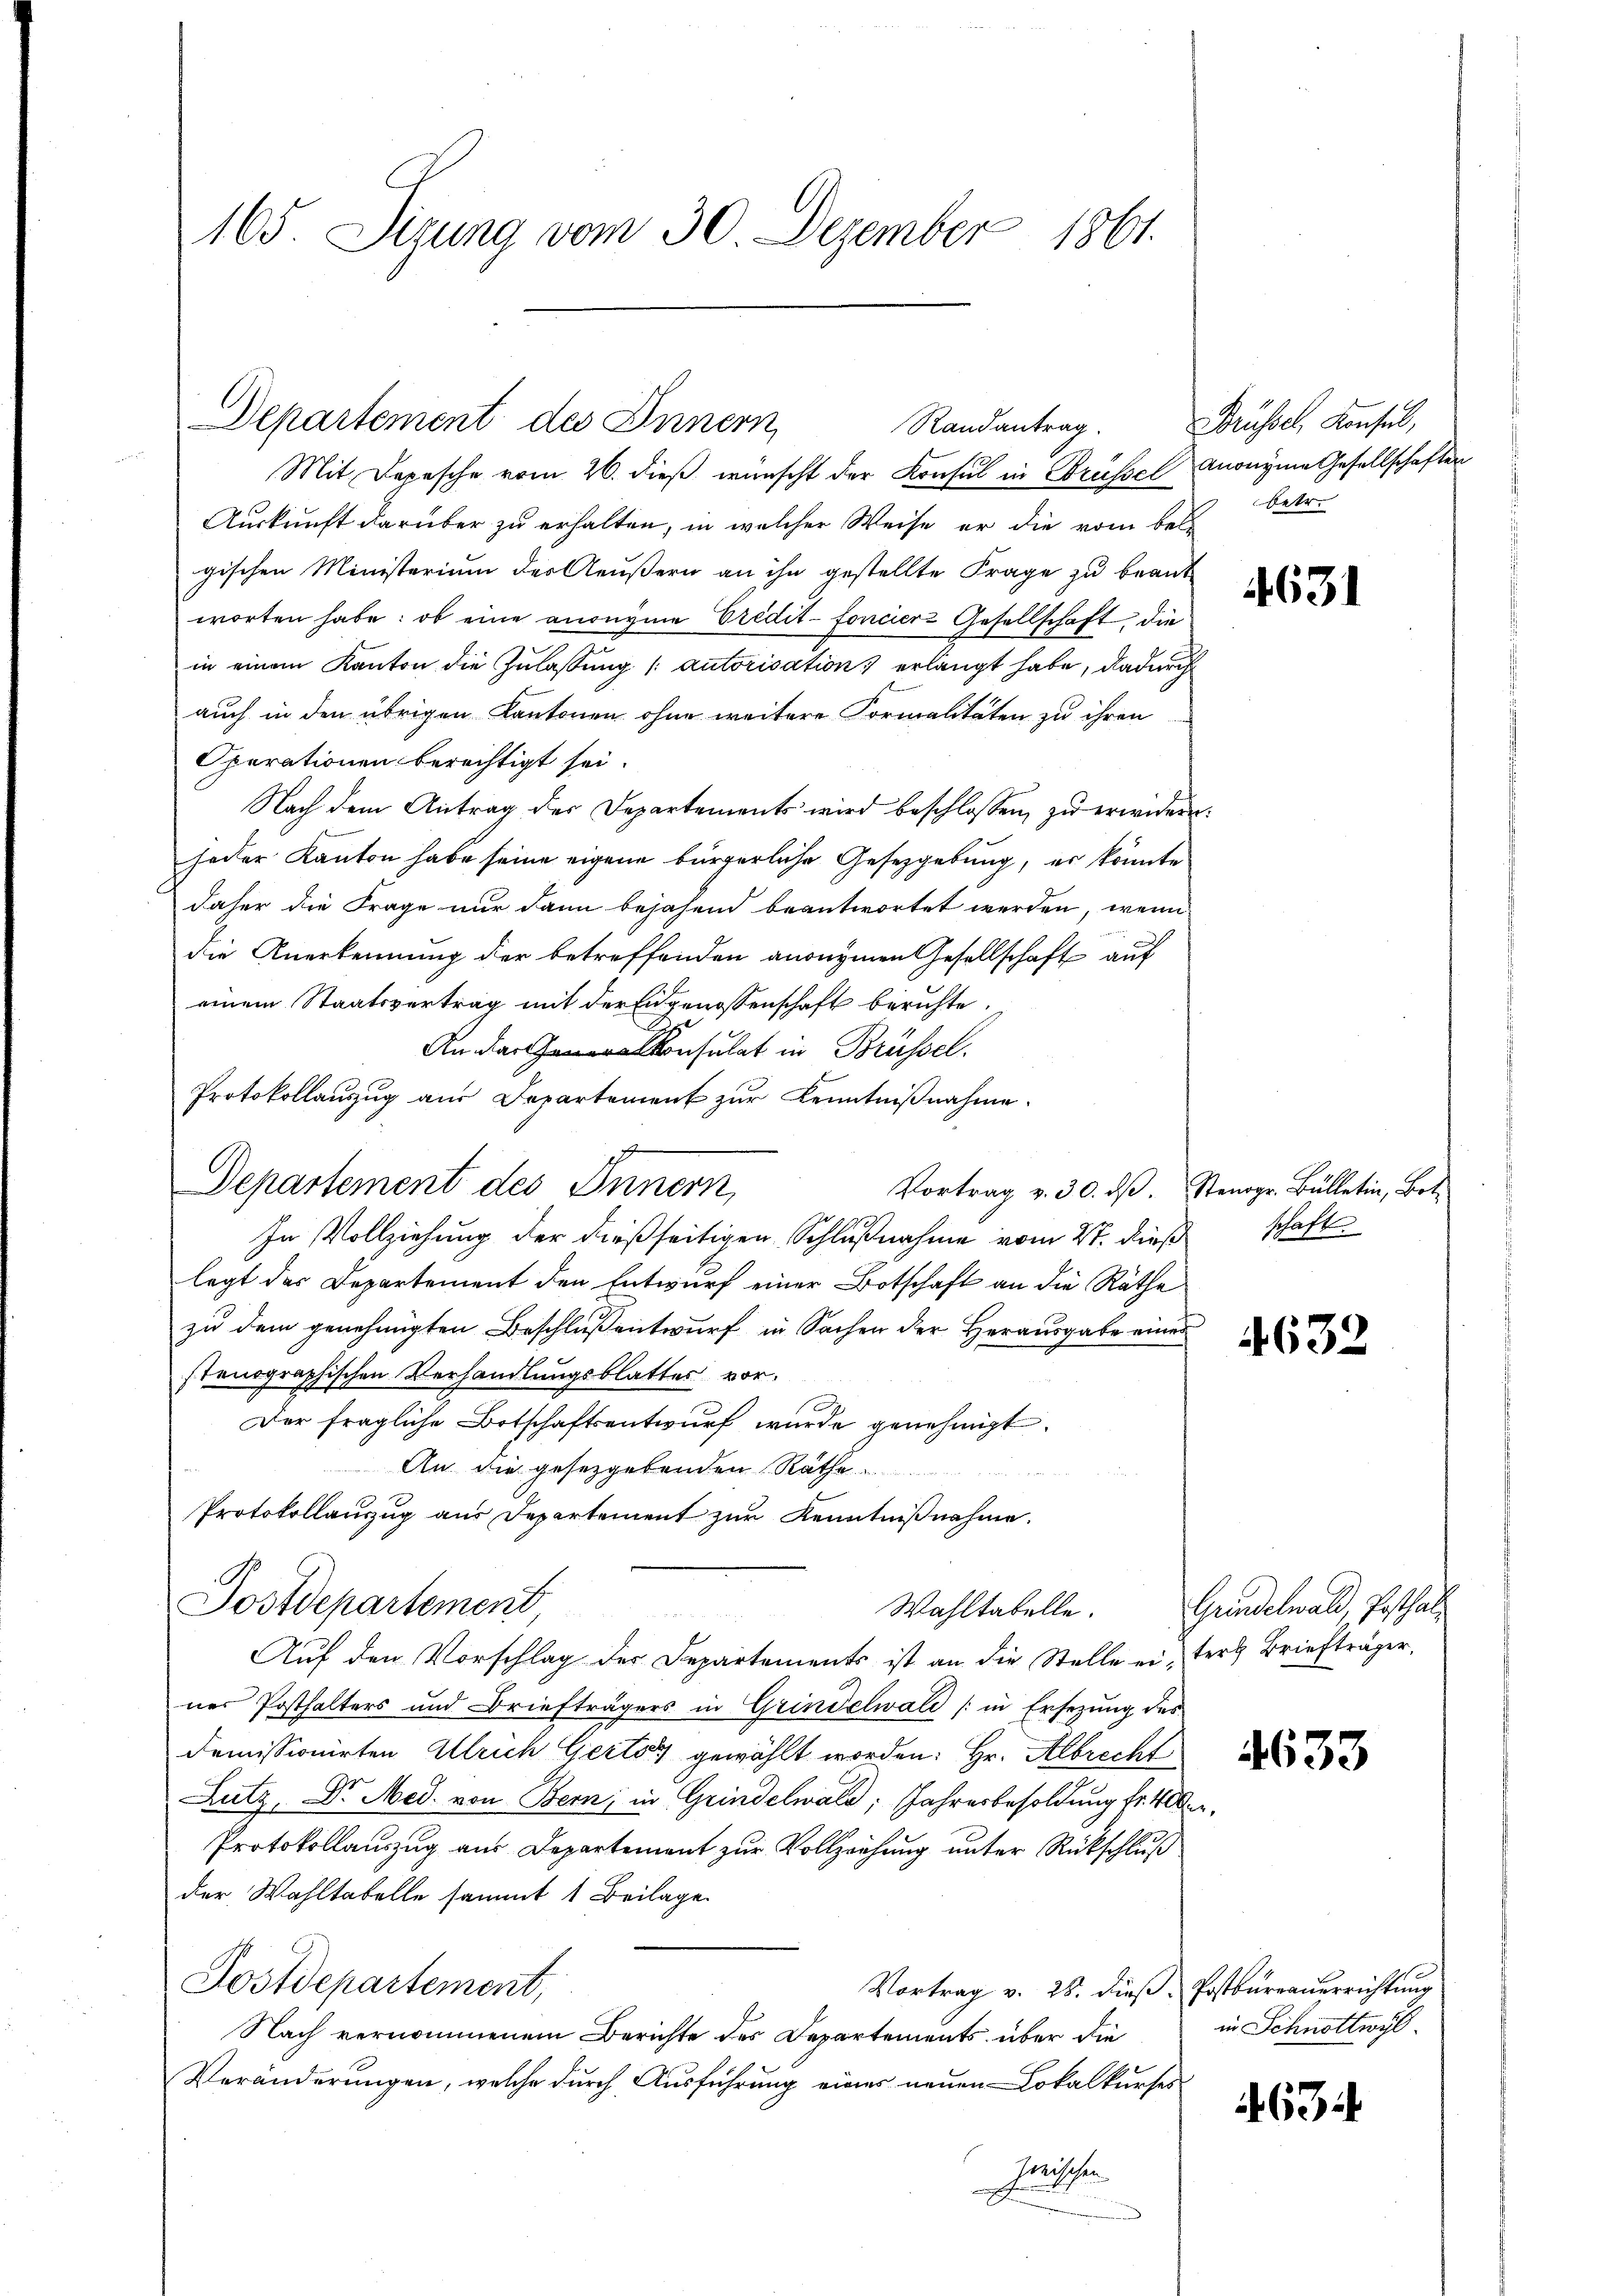
165. Dizung vom 30. Dezember 1861.

Departement des Innern
Randantrag.
Mit Depesche vom 20. dieß wünscht der Konsul in Brüssel

Auskunft darüber zu erhalten, in welcher Weise er die vom bele
gischen Ministerium der Aeußern an ihn gestellte Frage zu beantworten habe: ob eine anonyme Predit- fonciers Gesellschaft, die
in einem Kanton die Zulassung (autorisation erlangt habe, dadurch
auch in den übrigen Kantonen ohne weitere Formalitäten zu ihren
Operationen berechtigt sei.
Nach dem Antrag der Departements wird beschlossen, zu erwiderjeder Kanton habe seine eigene bürgerliche Gesetzgebung, er könnte
daher die Frage nur dann bejahend beantwortet werden, wenn
die Anerkennung der betreffenden anonymen Gesellschaft auf
einem Staatsvertrag mit der Eidgenossenschaft berichte.
An donsulat in Brüssel
In Vollziehung der dießseitigen Schlußnahme vom 2t. dieß
legt des Departement den Entwurf einer Botschaft an die Räthe
zu dem genehmigten Beschlußentwurf in Sachen der Herausgabe eine
stenographischen Verhandlungsblattes vor¬
Der fragliche Botschaftsentwurf wurde genehmigt.
An die gesetzgebenden Räthe
Protokollauszug aus Departement zur Kenntnißnahme.
Postdepartement
Wahltabelle.
Auf den Vorschlag des Departements ist an die Stelle eiter Briefträger,
nes Posthalters und Briefträgers in Grindelwald (in Ersezung des
demissionirten Ulrich Gerto gewählt worden: Hr. Albrecht
Lutz, Dr. Med. von Bern, in Grindelwald; Jahresbesoldung fr. 400.
Protokollauszug aus Departement zur Vollziehung unter Rückschluß
der Wahltabelle sammt 1 Beilage
Postdepartement,
Vortrag v. 25. dieß. Postbureauerrichtung
Nach vernommenem Berichte des Departements über die
Veränderungen, welche durch Ausführung eines neuen Lokalkurses
Zwischen

Protokollanzug aus Departement zur Kenntnißnahme.
Departement des Innern,

Vortrag v. 30. ds. Stenogr. Bülletin, Bot¬

Brüssel, Konsul,
anonyme Gesellschaften
betr.

4631

schaft.

4632

Hinellend, so fach

4633

in Schnottwyl

463.